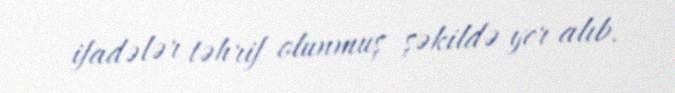
ifadələr təhrif olunmuş şəkildə yer alıb.